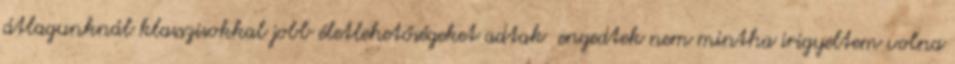
átlagunknál klasszisokkal jobb életlehetőségeket adtak engedtek nem mintha irigyeltem volna